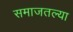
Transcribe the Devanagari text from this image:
समाजतल्या